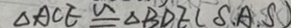
\Delta A C E \cong \Delta B D E ( S . A . S )